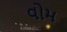
વોમ